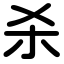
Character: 杀